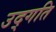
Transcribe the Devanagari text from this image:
उद्गति